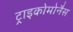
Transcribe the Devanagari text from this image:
ट्राइकोमोनैस